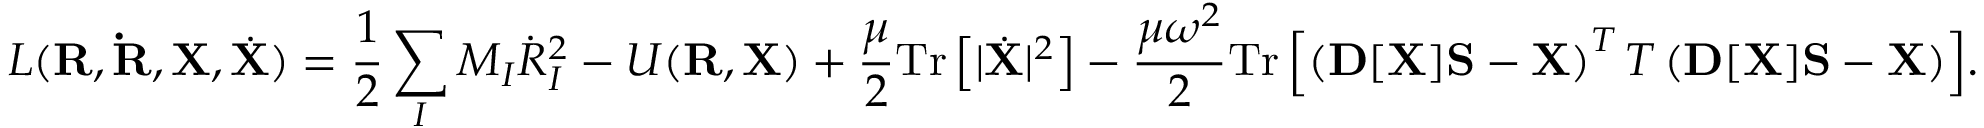
{ \displaystyle { \cal L } ( { \bf R } , { \bf { \dot { R } } } , { \bf X } , { \dot { \bf X } } ) = \frac { 1 } { 2 } \sum _ { I } M _ { I } { \dot { R } } _ { I } ^ { 2 } - { \cal U } ( { \bf R } , { \bf X } ) + \frac { \mu } { 2 } \mathrm { T r } \left[ \vert { \dot { \bf X } } \vert ^ { 2 } \right] - \frac { \mu \omega ^ { 2 } } { 2 } \mathrm { T r } \left[ \left( { \bf D } [ { \bf X } ] { \bf S } - { \bf X } \right) ^ { T } { \cal T } \left( { \bf D } [ { \bf X } ] { \bf S } - { \bf X } \right) \right] } .